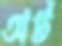
অর্ট